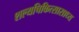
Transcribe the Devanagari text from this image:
शल्यचिकित्सासाध्य